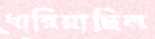
ধারিয়াছিল